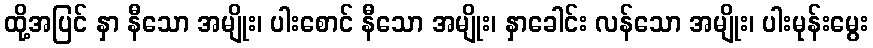
ထို့အပြင် နှာ နီသော အမျိုး၊ ပါးစောင် နီသော အမျိုး၊ နှာခေါင်း လန်သော အမျိုး၊ ပါးမုန်းမွေး